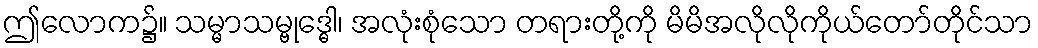
ဤလောက၌။ သမ္မာသမ္ဗုဒ္ဓေါ၊ အလုံးစုံသော တရားတို့ကို မိမိအလိုလိုကိုယ်တော်တိုင်သာ